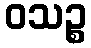
ဝသဉ္စ